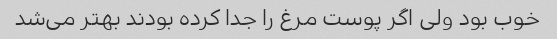
خوب بود ولی اگر پوست مرغ را جدا کرده بودند بهتر می‌شد